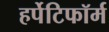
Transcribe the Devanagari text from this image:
हर्पेटिफॉर्म